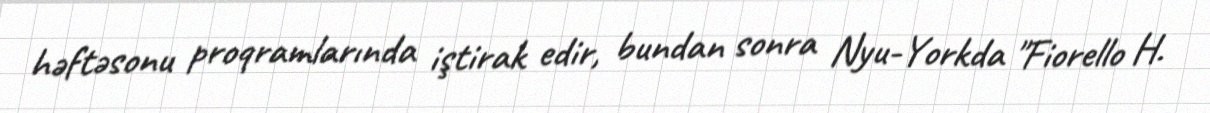
həftəsonu proqramlarında iştirak edir, bundan sonra Nyu-Yorkda "Fiorello H.